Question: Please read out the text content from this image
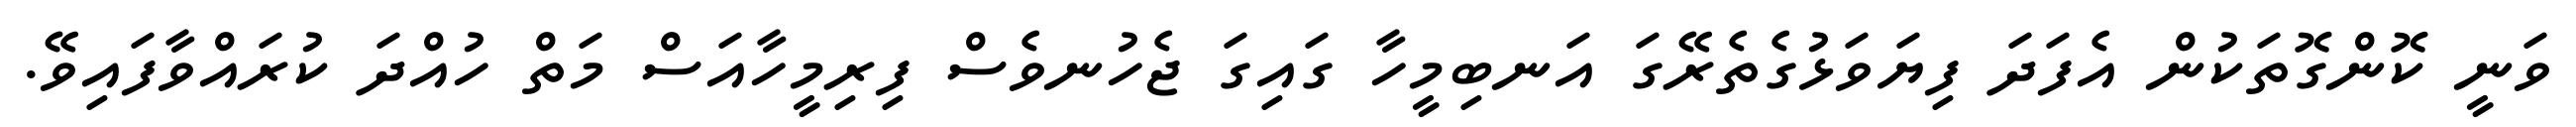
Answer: ވަނީ ކޮންގޮތަކުން އެފަދަ ފިޔަވަޅުގެތެރޭގަ އަނބިމީހާ ގައިގަ ޖެހުނވެސް ފިރިމީހާއަސް މަތް ހުއްދަ ކުރައްވާފައިވޭ.